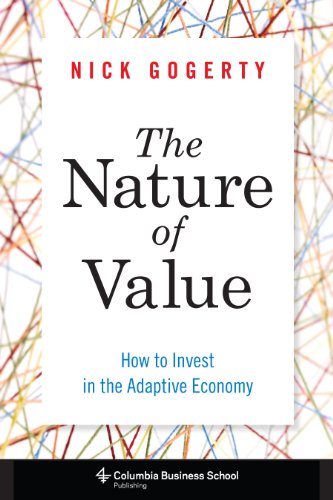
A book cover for The Nature of Value: How to Invest in the Adaptive Economy (Columbia Business School Publishing); Nick Gogerty; Business & Money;